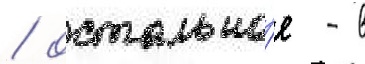
/ остально́е - в